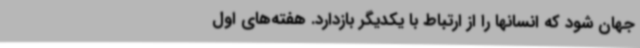
جهان شود که انسانها را از ارتباط با یکدیگر بازدارد. هفته‌های اول